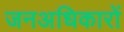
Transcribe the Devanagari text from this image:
जनअधिकारों